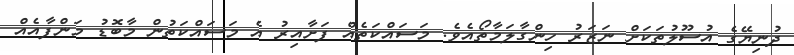
ދުނިޔޭގެ އުސޫލުތަކަށް ނަޒަރު ހިންގާލަމާތޯއެވެ. މަސައްކަތެއް ފަށާއިރު އެ މަސައްކަތުން މާބޮޑު މަންފާއެއް